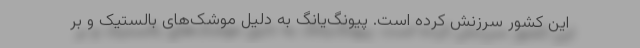
این کشور سرزنش کرده است. پیونگ‌یانگ به دلیل موشک‌های بالستیک و بر